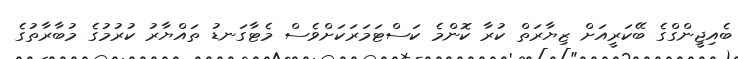
ބެއިޖީންގްގެ ބޭކަރީއަށް ޒިޔާރަތް ކުރާ ކޮންމެ ކަސްޓަމަރަކަށްވެސް މެޓާގަނޑު ތައްޔާރު ކުރުމުގެ މުބާރާތުގެ